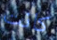
كانت